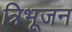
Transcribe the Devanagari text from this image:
त्रिभूजन